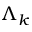
\Lambda _ { k }